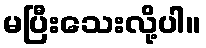
မပြီးသေးလို့ပါ။